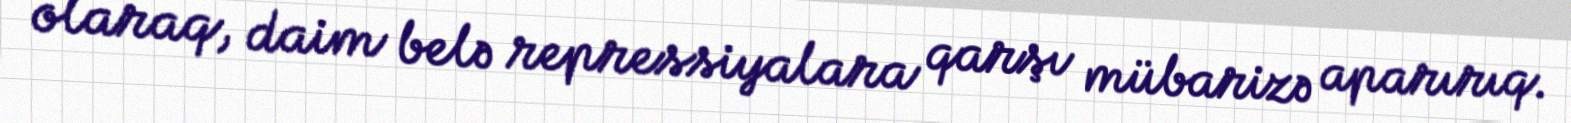
olaraq, daim belə repressiyalara qarşı mübarizə aparırıq.